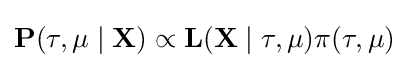
\mathbf {P} (\tau ,\mu \mid \mathbf {X} )\propto \mathbf {L} (\mathbf {X} \mid \tau ,\mu )\pi (\tau ,\mu )